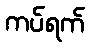
ကပ်ရက်